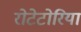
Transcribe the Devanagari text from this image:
रोटेटोरिया